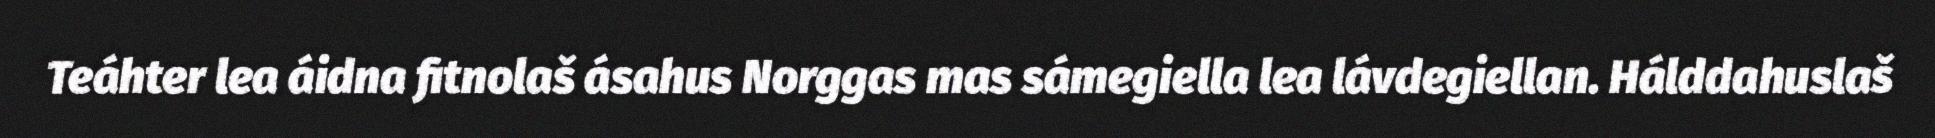
Teáhter lea áidna fitnolaš ásahus Norggas mas sámegiella lea lávdegiellan. Hálddahuslaš